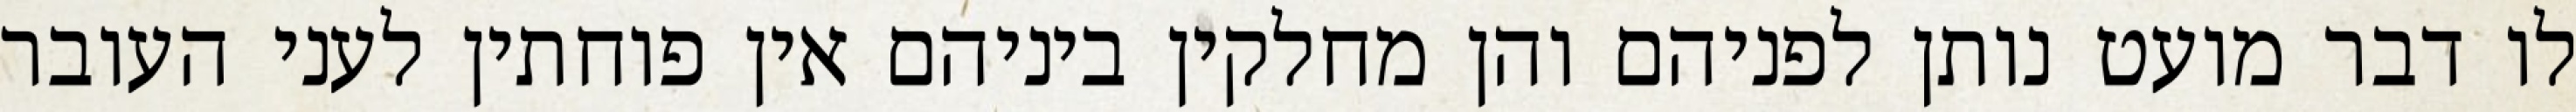
לו דבר מועט נותן לפניהם והן מחלקין ביניהם אין פוחתין לעני העובר